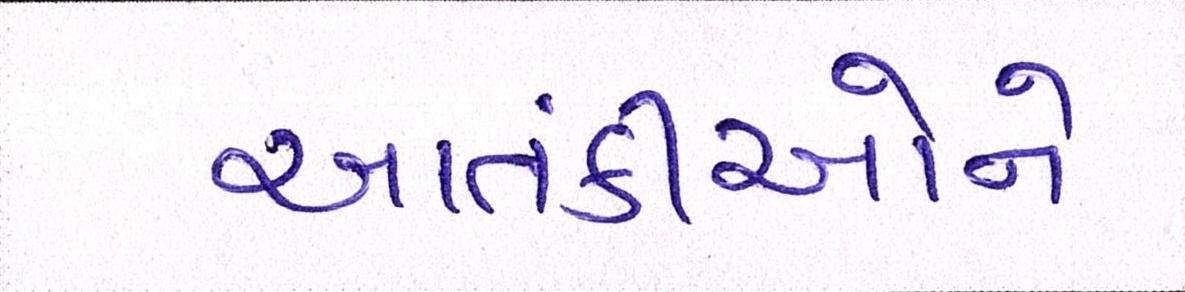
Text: આતંકીઓને